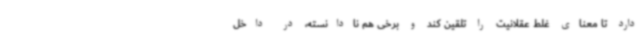
دارد تا معنای غلط عقلانیت را تلقین کند و برخی هم نادانسته، در داخل